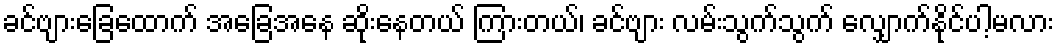
ခင်ဗျားခြေထောက် အခြေအနေ ဆိုးနေတယ် ကြားတယ်၊ ခင်ဗျား လမ်းသွက်သွက် လျှောက်နိုင်ပါ့မလား